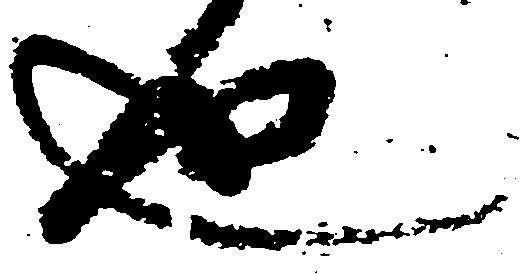
也